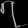
Digit: ၇